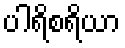
ပါရိစရိယာ